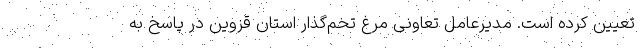
تعیین کرده است. مدیرعامل تعاونی مرغ تخم‌گذار استان قزوین در پاسخ به